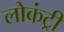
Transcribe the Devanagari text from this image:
लोकंट्री